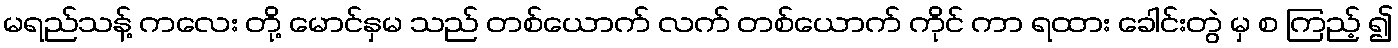
မရည်သန့် ကလေး တို့ မောင်နှမ သည် တစ်ယောက် လက် တစ်ယောက် ကိုင် ကာ ရထား ခေါင်းတွဲ မှ စ ကြည့် ၍